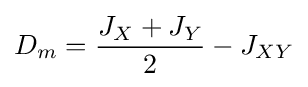
D_{m}={\frac {J_{X}+J_{Y}}{2}}-J_{XY}